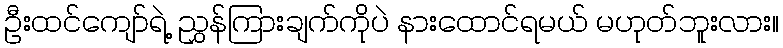
ဦးထင်ကျော်ရဲ့ ညွှန်ကြားချက်ကိုပဲ နားထောင်ရမယ် မဟုတ်ဘူးလား။